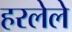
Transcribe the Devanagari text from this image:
हरलेले